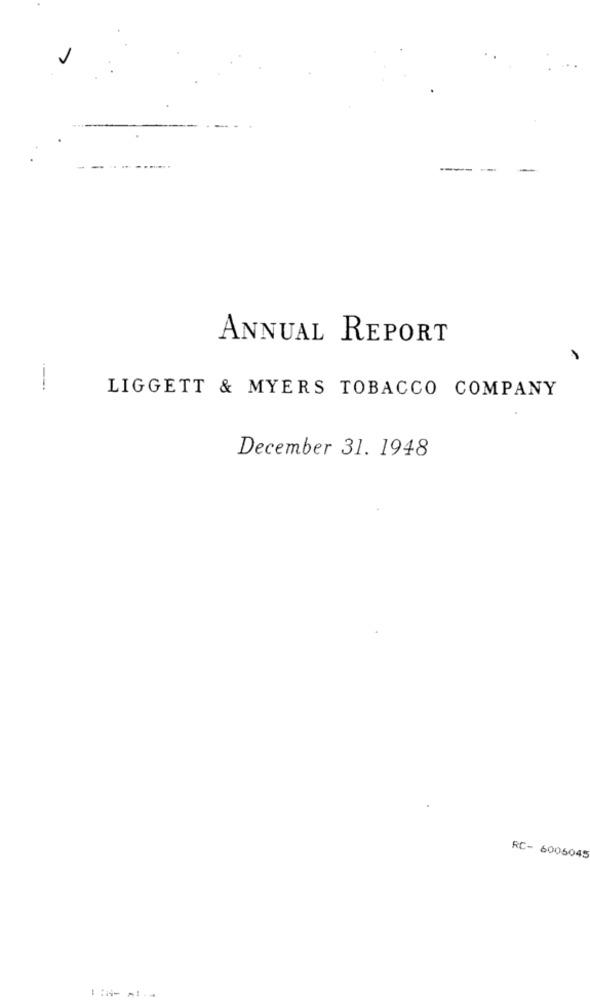
ANNUAL REPORT
LIGGETT & MYERS TOBACCO COMPANY
December 31. 1948
RC- 6005045